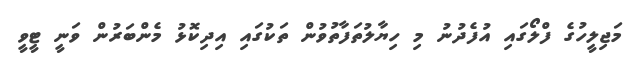
މަޖިލީހުގެ ފްލޯގައި އުފެދުނު މި ހިޔާލުތަފާތުވުން ތަކުގައި އިދިކޮޅު މެންބަރުން ވަނީ ޓީވީ